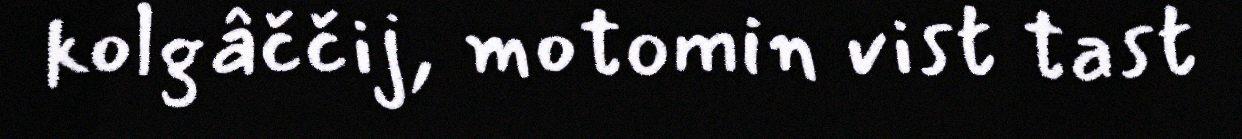
kolgâččij, motomin vist tast